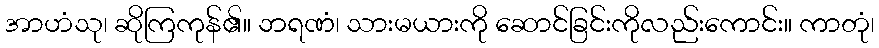
အာဟံသု၊ ဆိုကြကုန်၏။ ဘရဏံ၊ သားမယားကို ဆောင်ခြင်းကိုလည်းကောင်း။ ကာတုံ၊